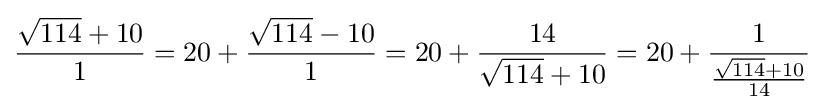
{\frac {{\sqrt {114}}+10}{1}}=20+{\frac {{\sqrt {114}}-10}{1}}=20+{\frac {14}{{\sqrt {114}}+10}}=20+{\frac {1}{\frac {{\sqrt {114}}+10}{14}}}